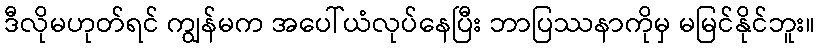
ဒီလိုမဟုတ်ရင် ကျွန်မက အပေါ်ယံလုပ်နေပြီး ဘာပြဿနာကိုမှ မမြင်နိုင်ဘူး။